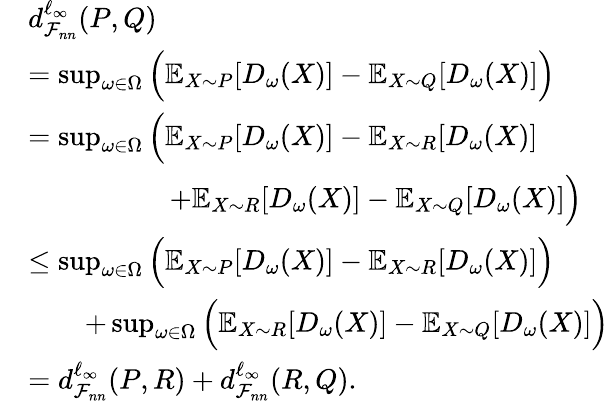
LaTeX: \begin{array}{rl}&{d_{\mathcal{F}_{nn}}^{\ell_{\infty}}(P,Q)}\\ &{=\operatorname*{sup}_{\omega\in\Omega}\Big(\mathbb{E}_{X\sim P}[D_{\omega}(X)]-\mathbb{E}_{X\sim Q}[D_{\omega}(X)]\Big)}\\ &{=\operatorname*{sup}_{\omega\in\Omega}\Big(\mathbb{E}_{X\sim P}[D_{\omega}(X)]-\mathbb{E}_{X\sim R}[D_{\omega}(X)]}\\ &{\qquad\qquad\quad+\mathbb{E}_{X\sim R}[D_{\omega}(X)]-\mathbb{E}_{X\sim Q}[D_{\omega}(X)]\Big)}\\ &{\le\operatorname*{sup}_{\omega\in\Omega}\Big(\mathbb{E}_{X\sim P}[D_{\omega}(X)]-\mathbb{E}_{X\sim R}[D_{\omega}(X)]\Big)}\\ &{\qquad+\operatorname*{sup}_{\omega\in\Omega}\Big(\mathbb{E}_{X\sim R}[D_{\omega}(X)]-\mathbb{E}_{X\sim Q}[D_{\omega}(X)]\Big)}\\ &{=d_{\mathcal{F}_{nn}}^{\ell_{\infty}}(P,R)+d_{\mathcal{F}_{nn}}^{\ell_{\infty}}(R,Q).}\end{array}